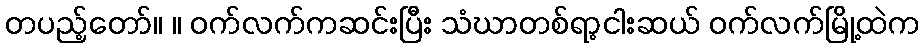
တပည့်တော်။ ။ ဝက်လက်ကဆင်းပြီး သံဃာတစ်ရာ့ငါးဆယ် ဝက်လက်မြို့ထဲက